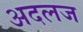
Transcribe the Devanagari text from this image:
अदलज